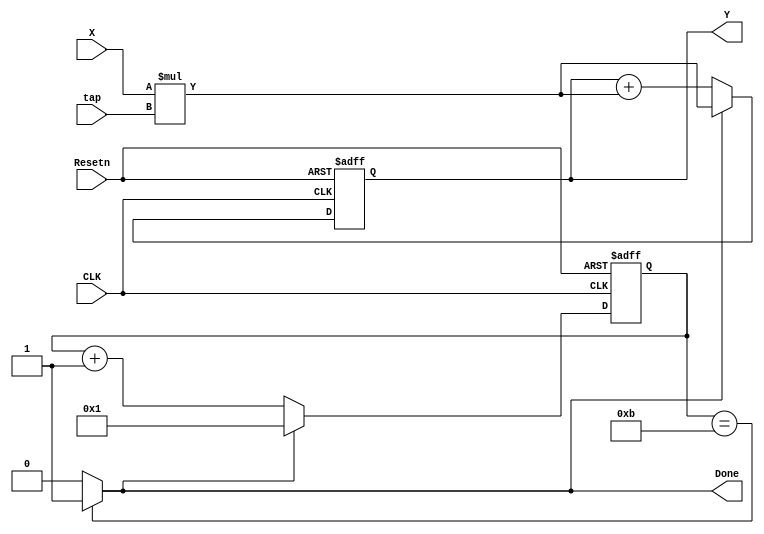
// 11 cycle to calculate
`timescale 1ns / 100ps
module FIR_Logic(   input [31:0] X ,
                    input [31:0] tap ,
                    input CLK,
                    input Resetn,
                    output reg [31:0] Y ,
                    output Done 
                    );
reg [3:0] Done_count ;
always @(posedge CLK or negedge Resetn) begin
    if (~Resetn) begin
        Done_count <= 4'd1;
        Y <= 68'd0 ;
    end else begin
        if (Done) begin
            Y <= (X * tap) ;
            Done_count <= 4'd1;
        end else begin
            Y <= Y + (X * tap) ;
            Done_count <= Done_count+1;
        end
    end
end

assign Done = (Done_count == 4'b1011)? (1):(0) ;

endmodule